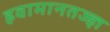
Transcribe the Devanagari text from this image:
हवामानतज्ज्ञ